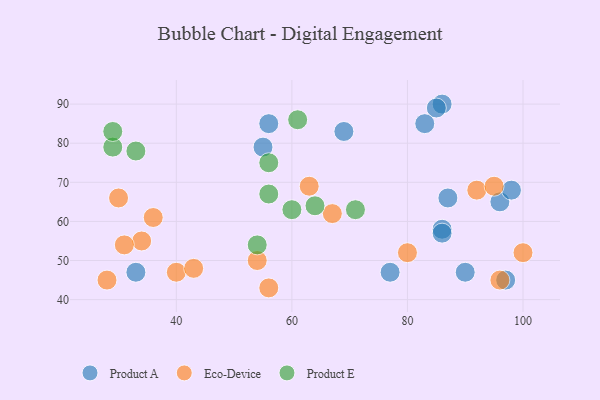
{"axis": {"x": "GDP", "y": "Life Expectancy"}, "legend": ["Eco-Device", "Product A", "Product E"], "data": [{"x": "77", "y": 47, "type": "Product A"}, {"x": "69", "y": 83, "type": "Product A"}, {"x": "96", "y": 65, "type": "Product A"}, {"x": "86", "y": 90, "type": "Product A"}, {"x": "86", "y": 58, "type": "Product A"}, {"x": "97", "y": 45, "type": "Product A"}, {"x": "86", "y": 57, "type": "Product A"}, {"x": "87", "y": 66, "type": "Product A"}, {"x": "56", "y": 85, "type": "Product A"}, {"x": "33", "y": 47, "type": "Product A"}, {"x": "85", "y": 89, "type": "Product A"}, {"x": "90", "y": 47, "type": "Product A"}, {"x": "83", "y": 85, "type": "Product A"}, {"x": "55", "y": 79, "type": "Product A"}, {"x": "98", "y": 68, "type": "Product A"}, {"x": "63", "y": 69, "type": "Eco-Device"}, {"x": "54", "y": 50, "type": "Eco-Device"}, {"x": "56", "y": 43, "type": "Eco-Device"}, {"x": "30", "y": 66, "type": "Eco-Device"}, {"x": "34", "y": 55, "type": "Eco-Device"}, {"x": "67", "y": 62, "type": "Eco-Device"}, {"x": "28", "y": 45, "type": "Eco-Device"}, {"x": "31", "y": 54, "type": "Eco-Device"}, {"x": "80", "y": 52, "type": "Eco-Device"}, {"x": "40", "y": 47, "type": "Eco-Device"}, {"x": "100", "y": 52, "type": "Eco-Device"}, {"x": "96", "y": 45, "type": "Eco-Device"}, {"x": "92", "y": 68, "type": "Eco-Device"}, {"x": "43", "y": 48, "type": "Eco-Device"}, {"x": "95", "y": 69, "type": "Eco-Device"}, {"x": "36", "y": 61, "type": "Eco-Device"}, {"x": "29", "y": 79, "type": "Product E"}, {"x": "61", "y": 86, "type": "Product E"}, {"x": "29", "y": 83, "type": "Product E"}, {"x": "33", "y": 78, "type": "Product E"}, {"x": "71", "y": 63, "type": "Product E"}, {"x": "56", "y": 67, "type": "Product E"}, {"x": "54", "y": 54, "type": "Product E"}, {"x": "56", "y": 75, "type": "Product E"}, {"x": "60", "y": 63, "type": "Product E"}, {"x": "64", "y": 64, "type": "Product E"}]}